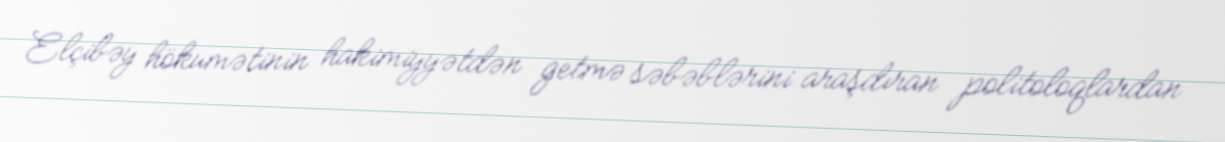
Elçibəy hökumətinin hakimiyyətdən getmə səbəblərini araşdıran politoloqlardan